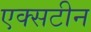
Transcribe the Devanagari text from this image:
एक्सटीन